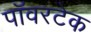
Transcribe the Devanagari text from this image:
पॉवरटेक